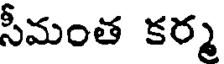
సీమంత కర్మ